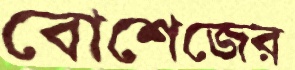
বোশেজের